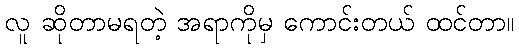
လူ ဆိုတာမရတဲ့ အရာကိုမှ ကောင်းတယ် ထင်တာ။